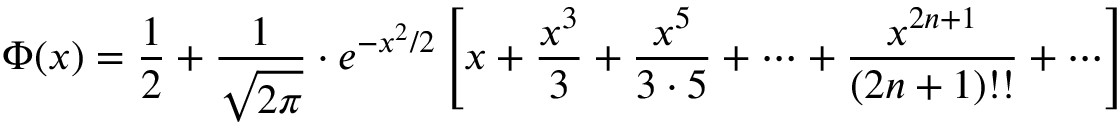
\Phi ( x ) = { \frac { 1 } { 2 } } + { \frac { 1 } { \sqrt { 2 \pi } } } \cdot e ^ { - x ^ { 2 } / 2 } \left[ x + { \frac { x ^ { 3 } } { 3 } } + { \frac { x ^ { 5 } } { 3 \cdot 5 } } + \cdots + { \frac { x ^ { 2 n + 1 } } { ( 2 n + 1 ) ! ! } } + \cdots \right]